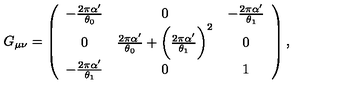
G _ { \mu \nu } = \left( \begin{array} { c c c } { - \frac { 2 \pi \alpha ^ { \prime } } { \theta _ { 0 } } } & { 0 } & { - \frac { 2 \pi \alpha ^ { \prime } } { \theta _ { 1 } } } \\ { 0 } & { \frac { 2 \pi \alpha ^ { \prime } } { \theta _ { 0 } } + \biggl ( \frac { 2 \pi \alpha ^ { \prime } } { \theta _ { 1 } } \biggr ) ^ { 2 } } & { 0 } \\ { - \frac { 2 \pi \alpha ^ { \prime } } { \theta _ { 1 } } } & { 0 } & { 1 } \\ \end{array} \right) ,